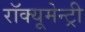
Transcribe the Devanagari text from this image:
रॉक्यूमेन्ट्री